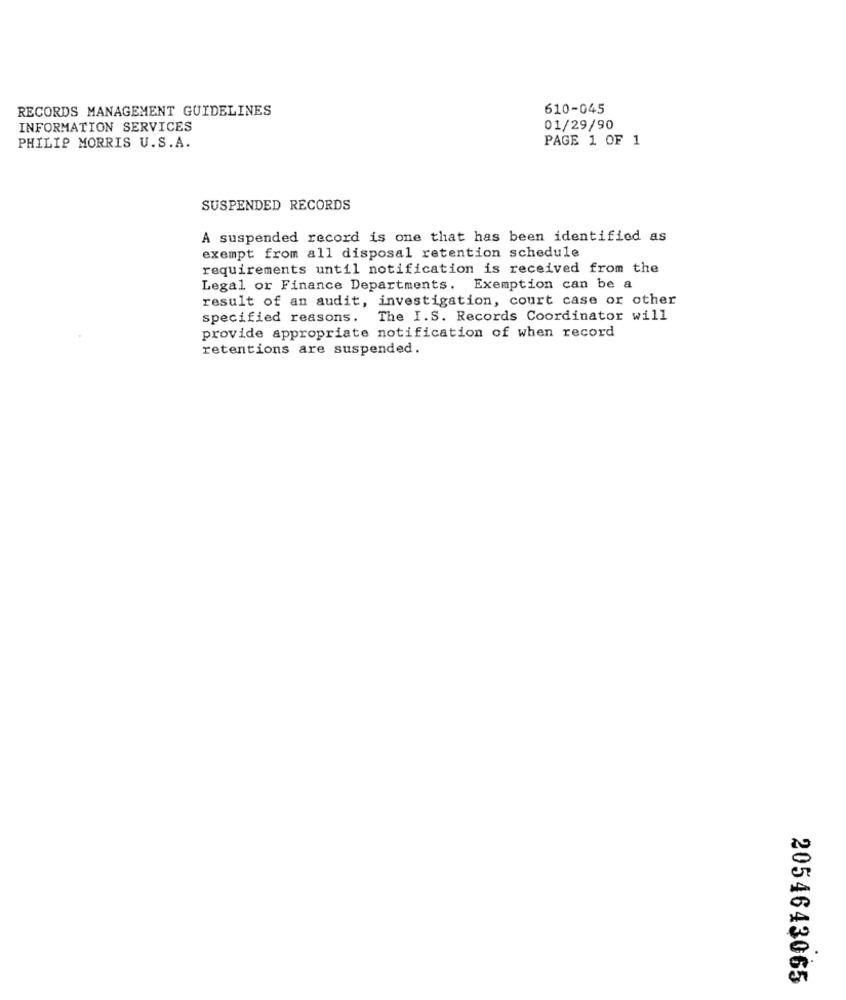
RECORDS MANAGEMENT GUIDELINES
610-045
INFORMATION SERVICES
01/29/90
PAGE 1 OF 1
PHILIP MORRIS U.S.A.
SUSPENDED RECORDS
A suspended record is one that has been identified as
exempt from all disposal retention schedule
requirements until notification is received from the
Legal or Finance Departments. Exemption can be a
result of an audit, investigation, court case or other
specified reasons.
. The I.S. Records Coordinator will
provide appropriate notification of when record
retentions are suspended.
2054643065